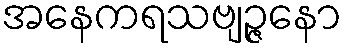
အနေကရသဗျဉ္ဇနော